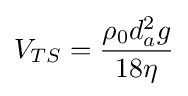
V_{TS}={\frac {\rho _{0}d_{a}^{2}g}{18\eta }}